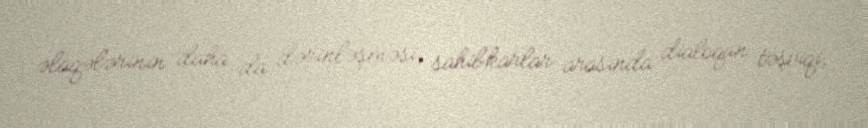
əlaqələrinin daha da dərinləşməsi, sahibkarlar arasında dialoqun təşviqi,